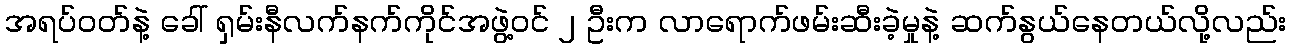
အရပ်ဝတ်နဲ့ ခေါ် ရှမ်းနီလက်နက်ကိုင်အဖွဲ့ဝင် ၂ ဦးက လာရောက်ဖမ်းဆီးခဲ့မှုနဲ့ ဆက်နွယ်နေတယ်လို့လည်း